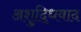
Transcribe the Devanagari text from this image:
अशुद्धिवाद